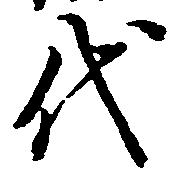
代